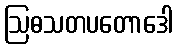
ဩဓသတပတောဒေါ